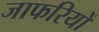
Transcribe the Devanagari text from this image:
जाफरियों